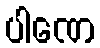
ပါဏေ